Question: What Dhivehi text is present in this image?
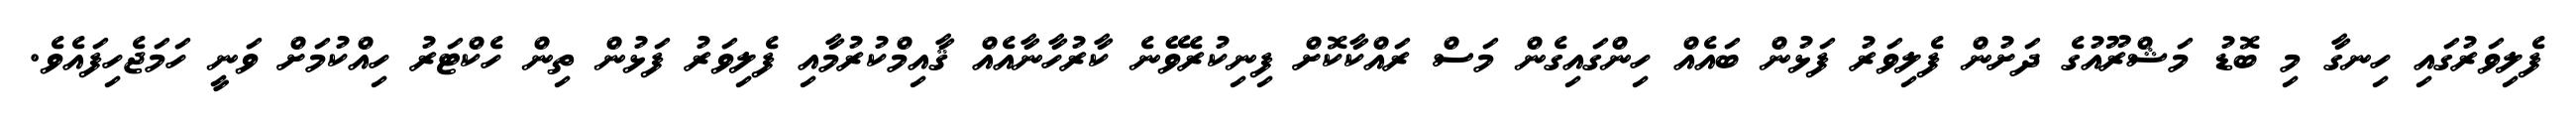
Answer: ފެލިވަރުގައި ހިނގާ މި ބޮޑު މަޝްރޫއުގެ ދަށުން ފެލިވަރު ފަޅުން ބައެއް ހިންގައިގެން މަސް ރައްކާކޮށް ފިނިކުރެވޭނެ ކާރުހާނާއެއް ޤާއިމްކުރުމާއި ފެލިވަރު ފަޅުން ތިން ހެކްޓަރު ހިއްކުމަށް ވަނީ ހަމަޖެހިފައެވެ.